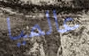
عالميا